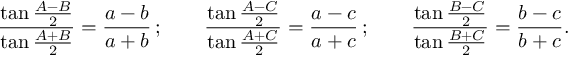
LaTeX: { \frac { \tan { \frac { A - B } { 2 } } } { \tan { \frac { A + B } { 2 } } } } = { \frac { a - b } { a + b } } \, ; \qquad { \frac { \tan { \frac { A - C } { 2 } } } { \tan { \frac { A + C } { 2 } } } } = { \frac { a - c } { a + c } } \, ; \qquad { \frac { \tan { \frac { B - C } { 2 } } } { \tan { \frac { B + C } { 2 } } } } = { \frac { b - c } { b + c } } .